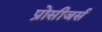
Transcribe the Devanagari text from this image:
प्रोसीजर्स